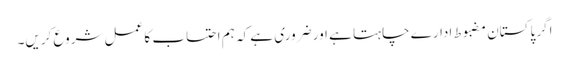
اگر پاکستان مضبوط ادارے چاہتا ہے اور ضروری ہے کہ ہم احتساب کا عمل شروع کریں۔